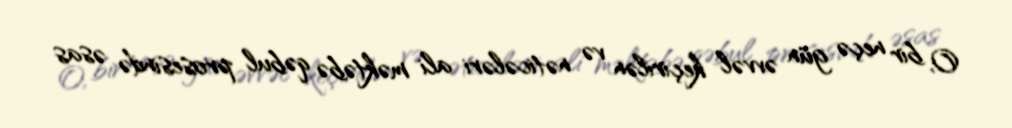
O, bir neçə gün əvvəl keçirilən və nəticələri ali məktəbə qəbul prosesində əsas